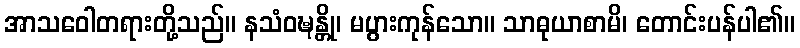
အာသဝေါတရားတို့သည်။ နသံဝဍ္ဎန္တို၊ မပွားကုန်သော။ သာဓုယာစာမိ၊ တောင်းပန်ပါ၏။